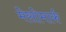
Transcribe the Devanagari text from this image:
मेसोमार्क